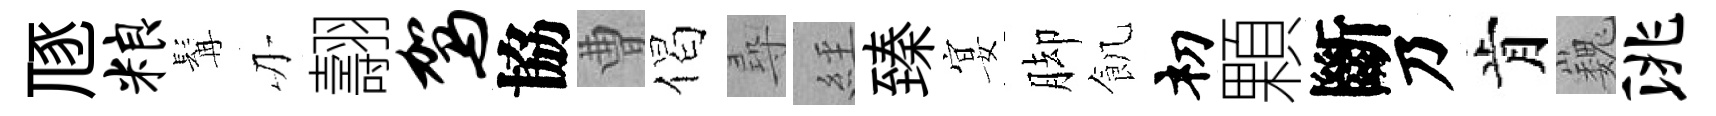
豗粮髯刃翿驾協曹偈尋𦀇臻宴脚飢𥘉顆斷乃肯巍洮